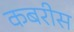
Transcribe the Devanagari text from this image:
कबरीस